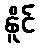
နိူင်